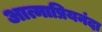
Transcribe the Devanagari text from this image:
आत्माप्रियनंदा